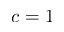
c = 1